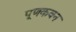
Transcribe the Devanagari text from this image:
पूणकवन